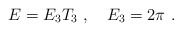
\begin{align*}E=E_3 T_3 \ , \ \ \ E_3 =2\pi \ .\end{align*}